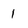
Character: 1